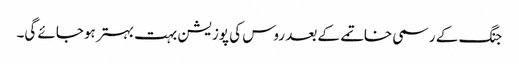
جنگ کے رسمی خاتمے کے بعد روس کی پوزیشن بہت بہتر ہوجائے گی۔